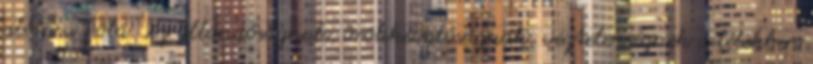
alóla a Föld. Az állandóságnak, örökkévalóságnak, végtelenségnek a lélekben